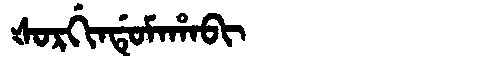
Manchu: ᡧᠣᡵᡤᡳᠨᡩᡠᠮᠠᡥᠠᠪᡳ
Romanization: ŠORGINDUMAHABI